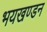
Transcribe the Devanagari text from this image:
भयखण्डन